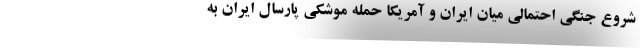
شروع جنگی احتمالی میان ایران و آمریکا حمله موشکی پارسال ایران به